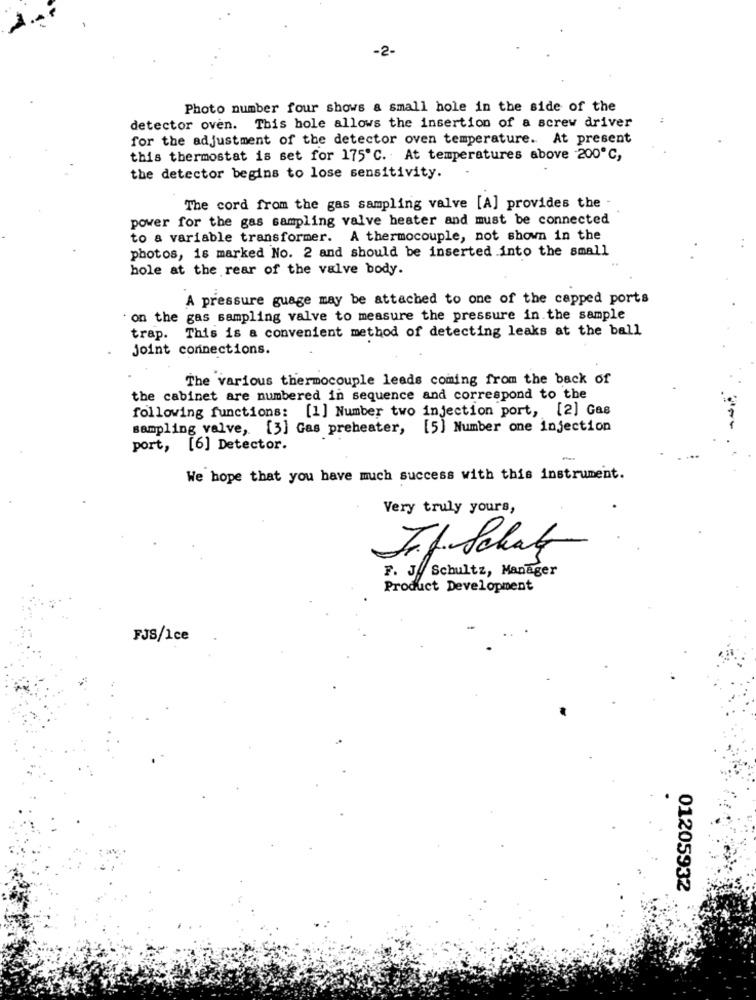
-2-
Photo number four shows a small hole in the side of the
detector oven. This hole allows the insertion of a screw driver
for the adjustment of the detector oven temperature. At present
this thermostat is set for 175℃. At temperatures above 200℃,
the detector begins to lose sensitivity.
The cord from the gas sampling valve [A] provides the -
power for the gas sampling valve heater and must be connected
to a variable transformer. A thermocouple, not shown in the
photos, is marked No. 2 and should be inserted into the small
hole at the rear of the valve body.
A pressure guage may be attached to one of the capped ports
' on the gas sampling valve to measure the pressure in the sample
This is a convenient method of detecting leaks at the ball
trap.
joint connections.
The various thermocouple leads coming from the back of
the cabinet are numbered in sequence and correspond to the
following functions: [1] Number two injection port, [2] Gas
sampling valve, [3] Gas preheater, [5] Number one injection
port, [6] Detector.
We hope that you have much success with this instrument.
Very truly yours,
J.f. Schat
F. J. Schultz, Manager
Product Development
FJS/Ice
01205932